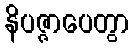
နိပဇ္ဇာပေတွာ